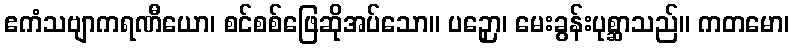
ဧကံသဗျာကရဏီယော၊ စင်စစ်ဖြေဆိုအပ်သော။ ပဉှော၊ မေးခွန်းပုစ္ဆာသည်။ ကတမော၊